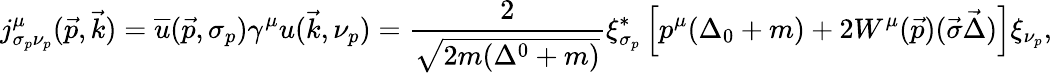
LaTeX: j_{\sigma_{p}\nu_{p}}^{\mu}(\vec{p},\vec{k})=\overline{{{u}}}(\vec{p},\sigma_{p})\gamma^{\mu}u(\vec{k},\nu_{p})=\frac{2}{\sqrt{2m(\Delta^{0}+m)}}\xi_{\sigma_{p}}^{*}\left[p^{\mu}(\Delta_{0}+m)+2W^{\mu}(\vec{p})(\vec{\sigma}\vec{\Delta})\right]\xi_{\nu_{p}},